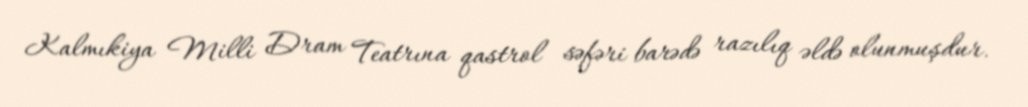
Kalmıkiya Milli Dram Teatrına qastrol səfəri barədə razılıq əldə olunmuşdur.